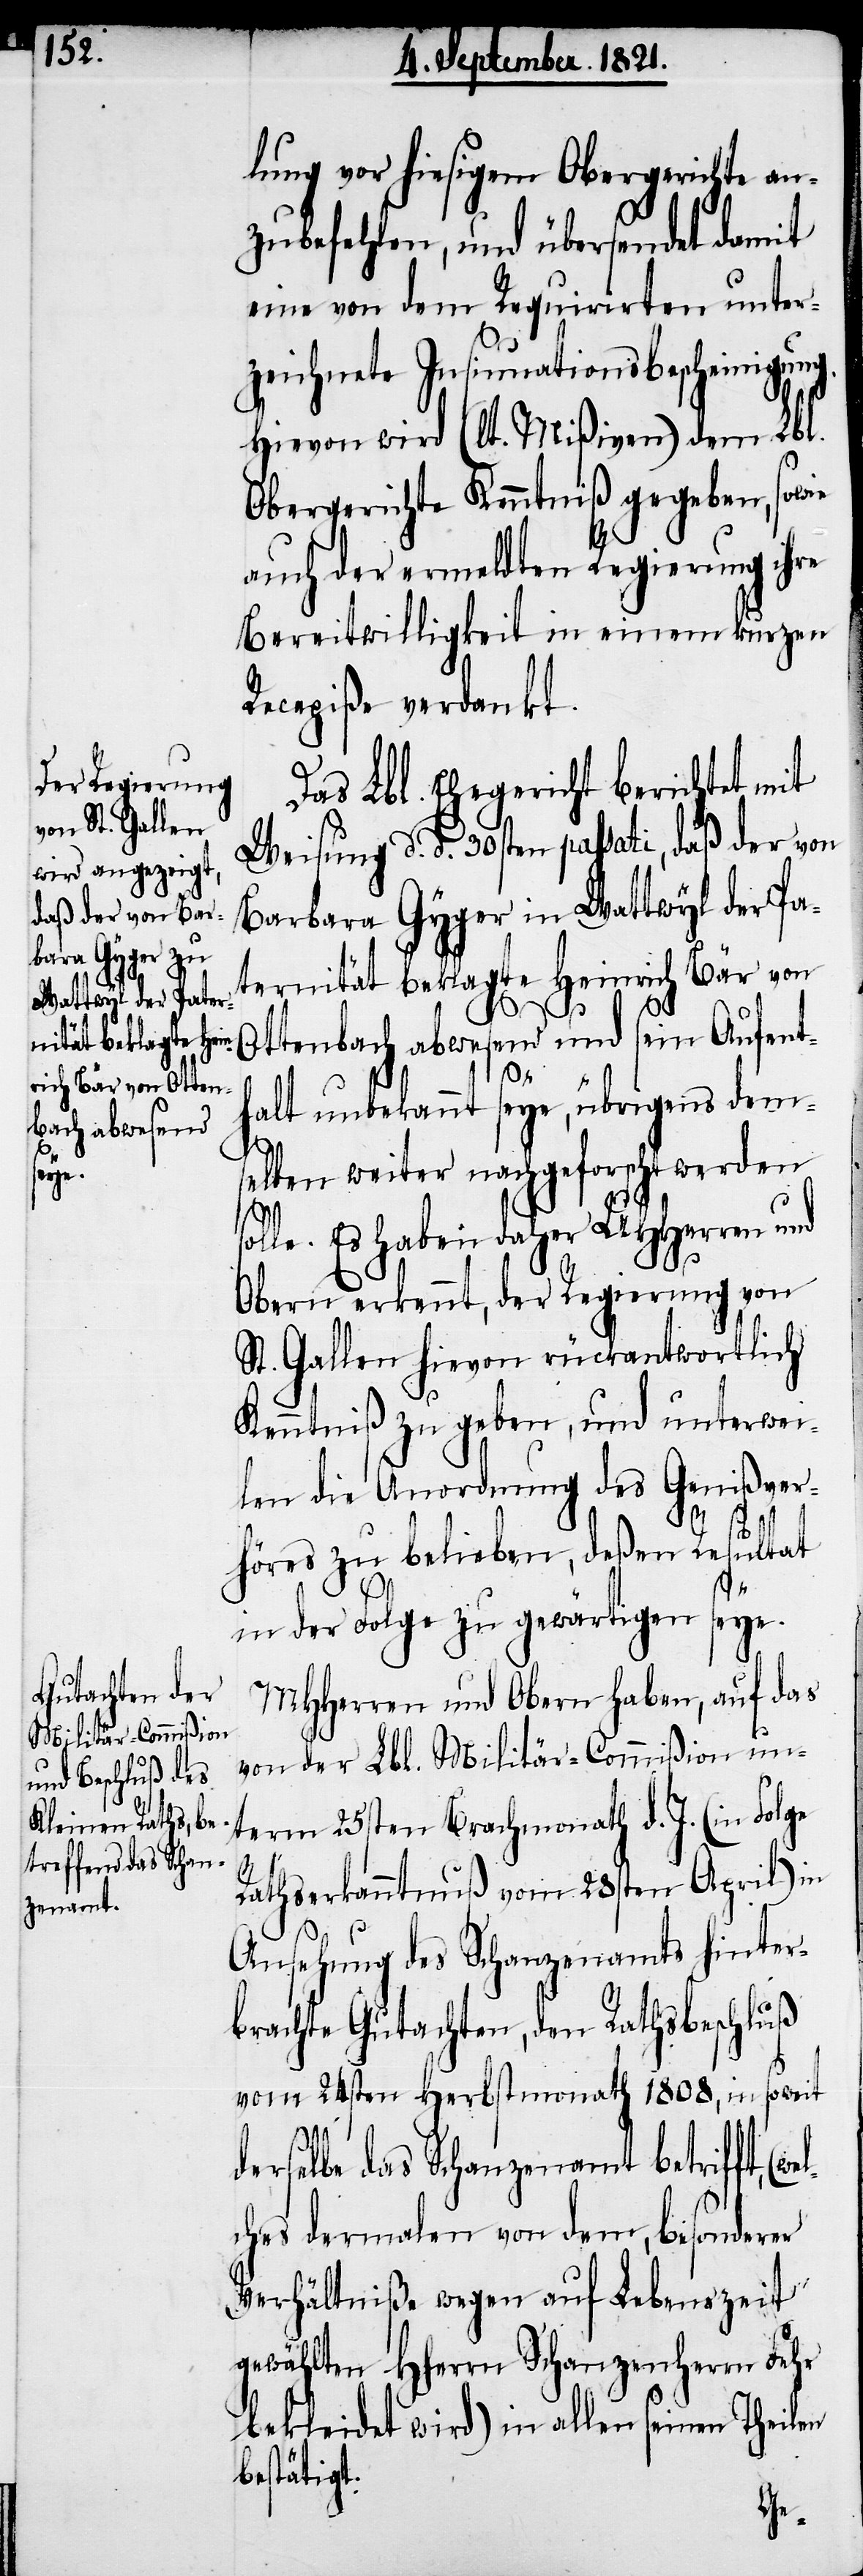
vom 28sten April)
(wel¬

lung vor hiesigem Obergericht an¬
zubefehlen, und übersendet damit
eine von dem Requirirten unter¬
zeichnete Insinuationsbescheinigung.
Hievon wird (laut Mißiven) dem Lbl.
Obergerichte Kenntniß gegeben, sowie
auch der ermeldten Regierung ihre
Bereitwilligkeit in einem kurzen
Recepiße verdankt.
Das Lbl. Ehegericht berichtet mit
Weisung d. d. 30sten passati, daß der von
Barbara Gyger in Wattwyl der Pa¬
ternität beklagte Heinrich Bär von
Ottenbach abwesend und sein Aufent¬
halt unbekannt seye, übrigens dem¬
selben weiter nachgeforscht werden
solle. Es haben daher UHHerren und
Obern erkennt, der Regierung von
St. Gallen hievon rückantwortlich
Kenntniß zu geben, und unterwei¬
len die Anordnung des Genißver¬
hörs zu belieben, deßen Resultat
in der Folge zu gewärtigen seye.
MHHerren und Obern haben, auf das
von der Lbl. Militär-Commißion un¬
term 25sten Brachmonath d. J. (in Folge
Ansehung des Schanzenamts hinter¬
brachte Gutachten, den Rathsbeschluß
vom 24sten Herbstmonath 1808, in soweit
derselbe das Schanzenamt betrifft,
ches dermalen von dem, besonderer
Verhältniße wegen auf Lebenszeit
gewählten HHerrn Schanzenherrn Fehr
bekleidet wird) in allen seinen Theilen
bestätigt.